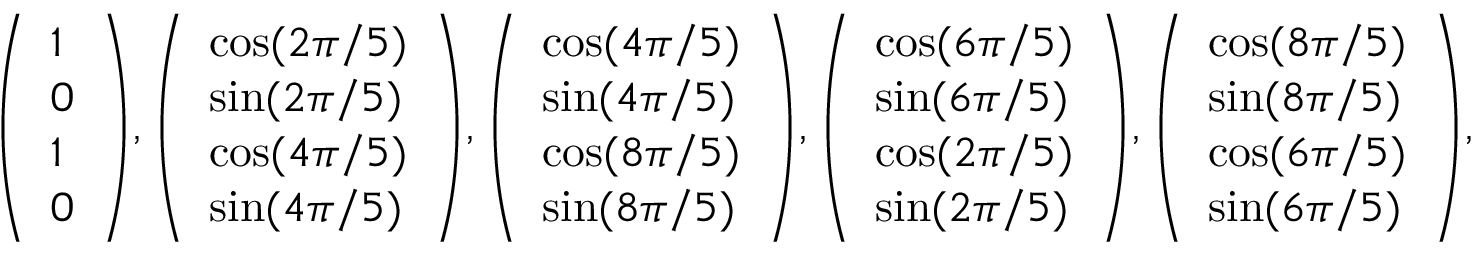
{ \left( \begin{array} { l } { 1 } \\ { 0 } \\ { 1 } \\ { 0 } \end{array} \right) } , { \left( \begin{array} { l } { \cos ( 2 \pi / 5 ) } \\ { \sin ( 2 \pi / 5 ) } \\ { \cos ( 4 \pi / 5 ) } \\ { \sin ( 4 \pi / 5 ) } \end{array} \right) } , { \left( \begin{array} { l } { \cos ( 4 \pi / 5 ) } \\ { \sin ( 4 \pi / 5 ) } \\ { \cos ( 8 \pi / 5 ) } \\ { \sin ( 8 \pi / 5 ) } \end{array} \right) } , { \left( \begin{array} { l } { \cos ( 6 \pi / 5 ) } \\ { \sin ( 6 \pi / 5 ) } \\ { \cos ( 2 \pi / 5 ) } \\ { \sin ( 2 \pi / 5 ) } \end{array} \right) } , { \left( \begin{array} { l } { \cos ( 8 \pi / 5 ) } \\ { \sin ( 8 \pi / 5 ) } \\ { \cos ( 6 \pi / 5 ) } \\ { \sin ( 6 \pi / 5 ) } \end{array} \right) } ,